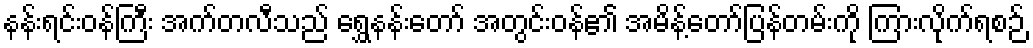
နန်းရင်းဝန်ကြီး အက်တလီသည် ရွှေနန်းတော် အတွင်းဝန်၏ အမိန့်တော်ပြန်တမ်းကို ကြားလိုက်ရစဉ်